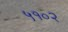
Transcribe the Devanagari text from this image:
५१०२